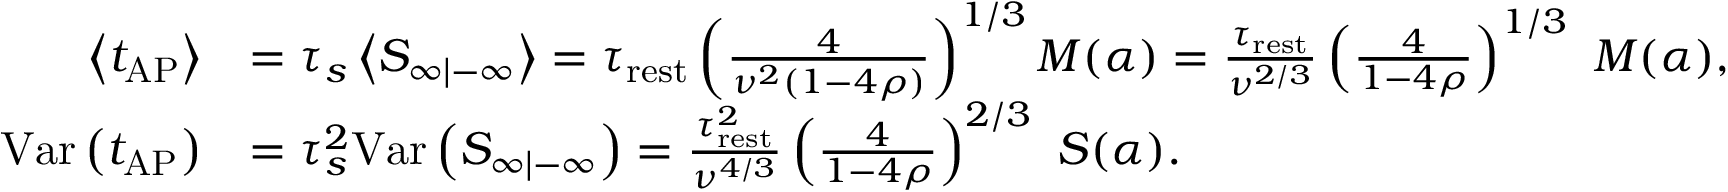
\begin{array} { r l } { \left\langle t _ { \mathrm { A P } } \right\rangle } & { = \tau _ { s } \left\langle S _ { \infty | - \infty } \right\rangle = \tau _ { \mathrm { r e s t } } \left( \frac { 4 } { \nu ^ { 2 } ( 1 - 4 \rho ) } \right) ^ { 1 / 3 } M ( \alpha ) = \frac { \tau _ { \mathrm { r e s t } } } { \nu ^ { 2 / 3 } } \left( \frac { 4 } { 1 - 4 \rho } \right) ^ { 1 / 3 } \ M ( \alpha ) , } \\ { \mathrm { V a r } \left( t _ { \mathrm { A P } } \right) } & { = \tau _ { s } ^ { 2 } \mathrm { V a r } \left( S _ { \infty | - \infty } \right) = \frac { \tau _ { \mathrm { r e s t } } ^ { 2 } } { \nu ^ { 4 / 3 } } \left( \frac { 4 } { 1 - 4 \rho } \right) ^ { 2 / 3 } \ S ( \alpha ) . } \end{array}